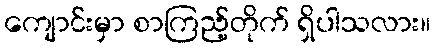
ကျောင်းမှာ စာကြည့်တိုက် ရှိပါသလား။